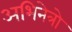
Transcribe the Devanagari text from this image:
अभिनेत्रो